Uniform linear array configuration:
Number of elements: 8
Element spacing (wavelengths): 0.75
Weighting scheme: exponential
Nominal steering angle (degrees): -45
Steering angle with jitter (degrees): -43.195
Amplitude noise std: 0.05
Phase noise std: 0.05

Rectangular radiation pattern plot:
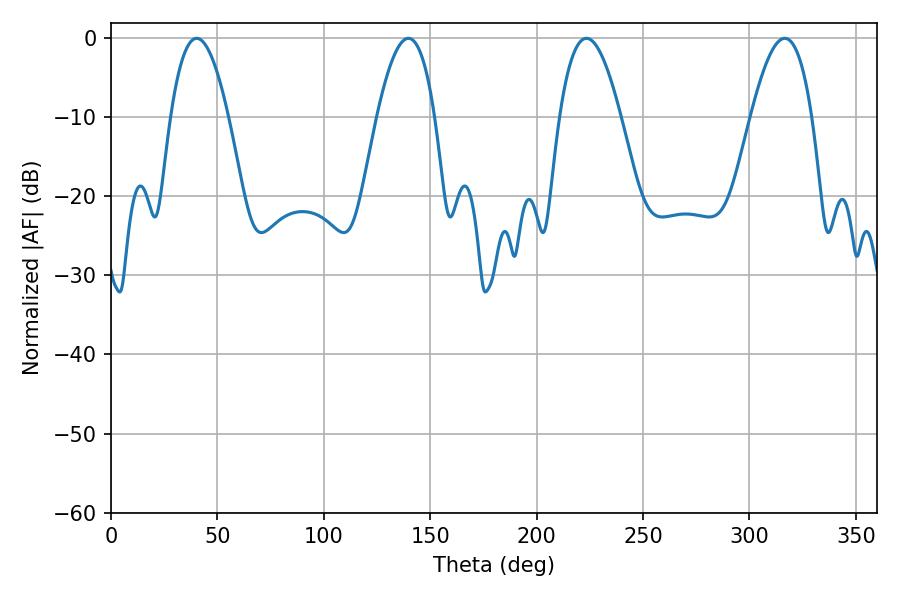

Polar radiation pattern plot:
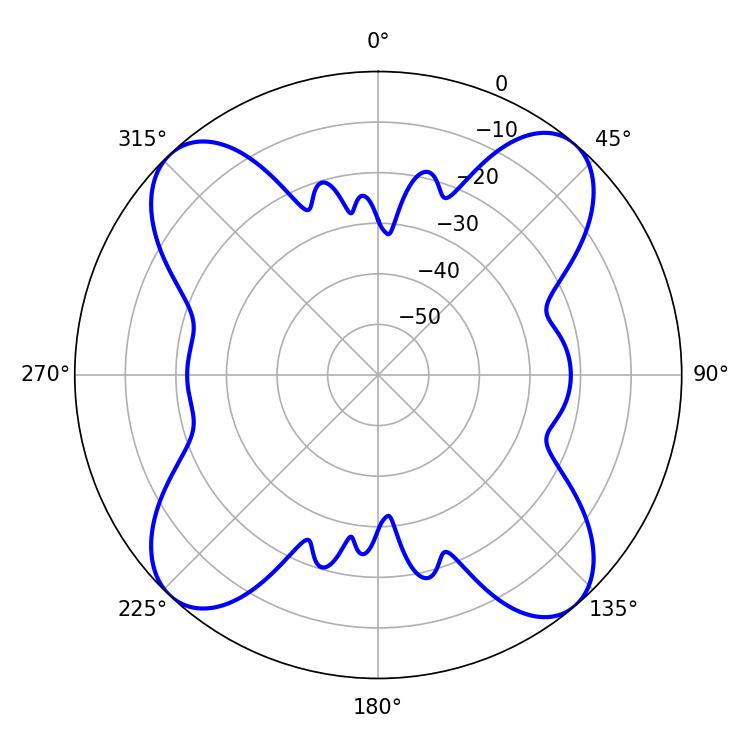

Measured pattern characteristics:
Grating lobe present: TRUE
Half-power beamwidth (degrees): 15.84
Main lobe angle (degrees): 223.38